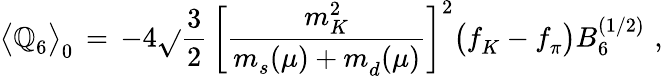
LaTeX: \bigl\langle\mathbb{Q}_{6}^{}\bigr\rangle_{0}^{}\, =\, -4\sqrt{}{{\frac{{3}}{{2}}}}\, \biggl[\frac{{m_{K}^{2}}}{{m_{s}^{}(\mu)+m_{d}^{}(\mu)}}\biggr]^{2}\bigl(f_{K}^{}-f_{\pi}^{}\bigr)B_{6}^{(1/2)}\, \, ,